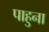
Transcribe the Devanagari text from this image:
पाहुना